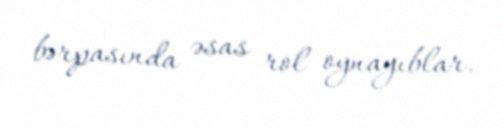
bərpasında əsas rol oynayıblar.